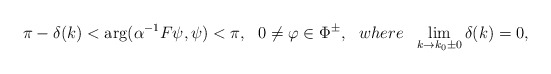
\begin{align*}\pi-\delta(k)<{\rm arg}(\alpha^{-1}F\psi,\psi)<\pi,~~0\neq\varphi\in \Phi^\pm,~~ where~~\lim_{k\to k_0\pm 0}\delta(k)=0,\end{align*}